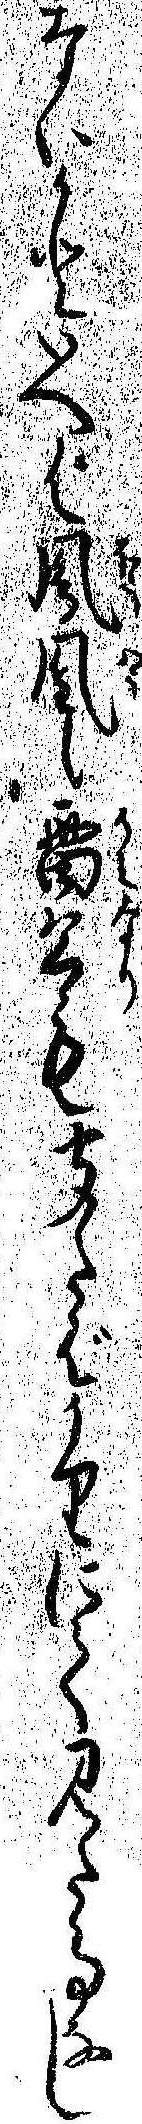
ないかといへば鳳凰も雷公も聞たばかりにて見た事なし